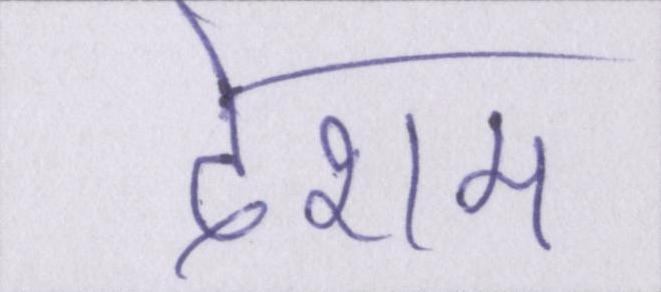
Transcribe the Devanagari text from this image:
देशम